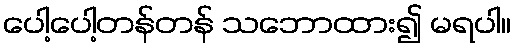
ပေါ့ပေါ့တန်တန် သဘောထား၍ မရပါ။